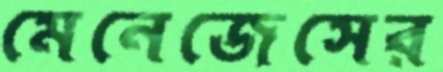
মেনেজেসের